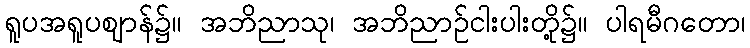
ရူပအရူပဈာန်၌။ အဘိညာသု၊ အဘိညာဉ်ငါးပါးတို့၌။ ပါရမီဂတော၊